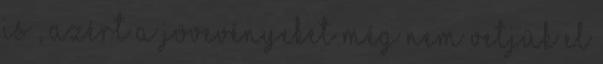
is , azért a jövevényeket még nem vetjük el